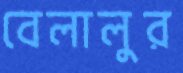
বেলালুর